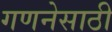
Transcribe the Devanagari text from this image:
गणनेसाठी